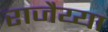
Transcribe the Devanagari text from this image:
राजैय्या